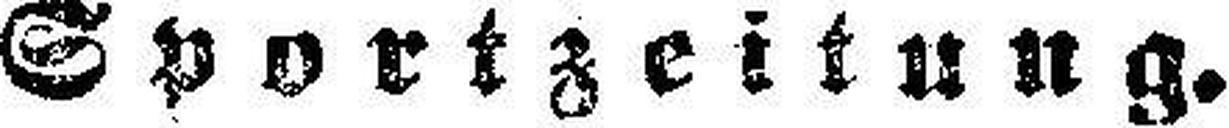
Sportzeitung.